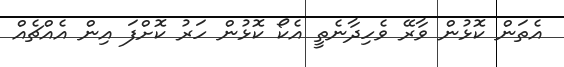
އެތަން ކޮޅުން ވާރޭ ވެހިދާނެތީ އެކޯ ކޮޅުން ހަރު ކޮށްފަ އިން އެއްޗެއް